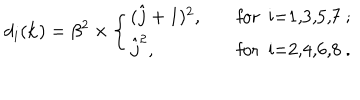
LaTeX: d _ { i } ( { \bf k } ) = \beta ^ { 2 } \times \left\{ \begin{array} { l l } { { ( \hat { j } + 1 ) ^ { 2 } , \quad } } & { { \mathrm { f o r ~ i = 1 , 3 , 5 , 7 ~ ; } } } \\ { { \hat { j } ^ { 2 } , } } & { { \mathrm { f o r ~ i = 2 , 4 , 6 , 8 ~ . } } } \\ \end{array} \right.